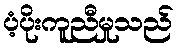
ပံ့ပိုးကူညီမှုသည်